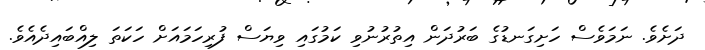
ދަށެވެ. ނަމަވެސް ހަށިގަނޑުގެ ބަރުދަން އިތުރުނުވި ކަމުގައި ވިޔަސް ފުރިހަމައަށް ހަކަތަ ލިއްބައިދެއެވެ.